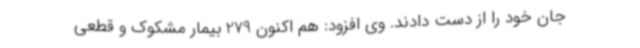
جان خود را از دست دادند. وی افزود: هم اکنون 279 بیمار مشکوک و قطعی